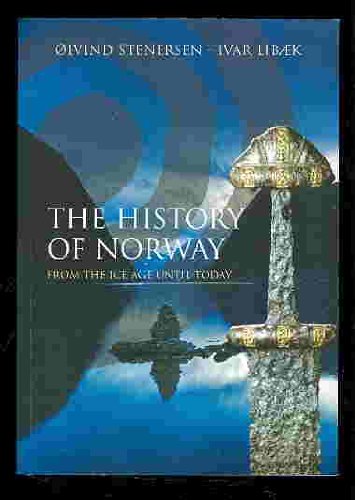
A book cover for The History of Norway, From the Ice Age Until Today; Oivind Stenersen; History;